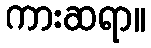
ကားဆရာ။